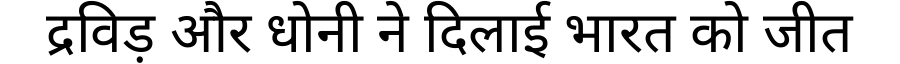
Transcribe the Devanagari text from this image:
द्रविड़ और धोनी ने दिलाई भारत को जीत